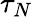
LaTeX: \tau_{N}